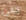
حتى